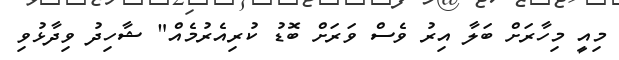
މިއީ މިހާރަށް ބަލާ އިރު ވެސް ވަރަށް ބޮޑު ކުރިއެރުމެއް" ޝާހިދު ވިދާޅުވި